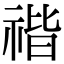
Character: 𥚺